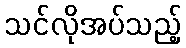
သင်လိုအပ်သည့်